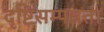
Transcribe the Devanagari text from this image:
दृष्टिसम्पन्नता